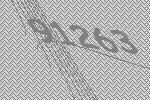
91263